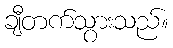
ချီတက်သွားသည်။